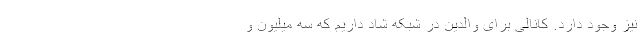
نیز وجود دارد. کانالی برای والدین در شبکه شاد داریم که سه میلیون و